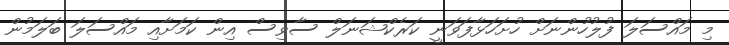
މި މައްސަލަ ފުލުހުންނަށް ހުށަހަޅާފަވަނީ ކަރެކްޝަނަލް ސާވިސް އިން ކަމަށާއި މައްސަލަ ބަލަމުން